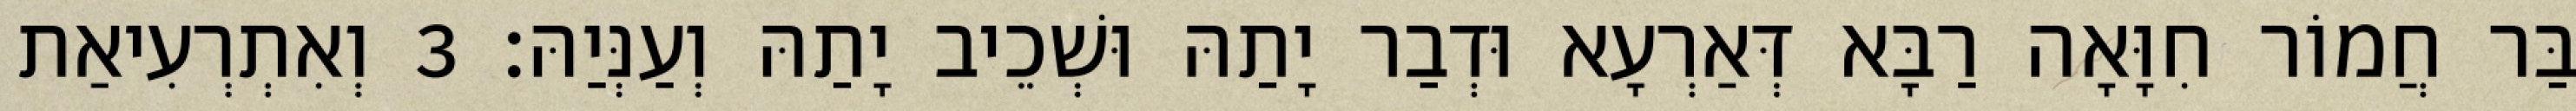
בַּר חֲמוֹר חִוָּאָה רַבָּא דְּאַרְעָא וּדְבַר יָתַהּ וּשְׁכֵיב יָתַהּ וְעַנְּיַהּ׃ 3 וְאִתְרְעִיאַת